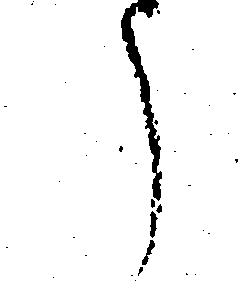
う